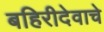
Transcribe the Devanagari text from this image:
बहिरीदेवाचे